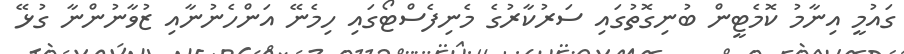
ގައުމީ އިނާމު ކޮމެޓީން ބުނިގޮތުގައި ސަރުކާރުގެ މެނިފެސްޓޯގައި ހިމެނޭ އަންހެނުނާއި ޒުވާނުންނާ ގުޅޭ